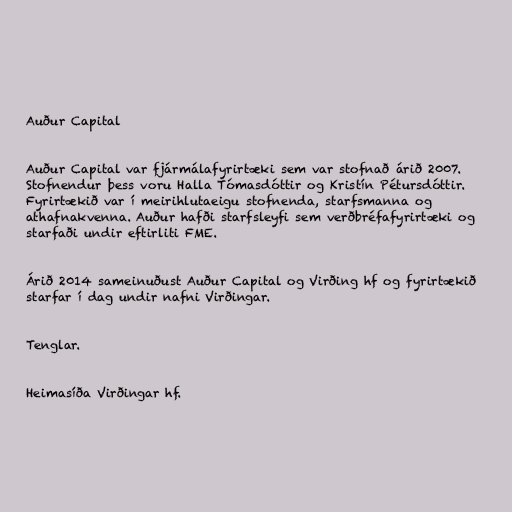
Auður Capital

Auður Capital var fjármálafyrirtæki sem var stofnað árið 2007.
Stofnendur þess voru Halla Tómasdóttir og Kristín Pétursdóttir.
Fyrirtækið var í meirihlutaeigu stofnenda, starfsmanna og
athafnakvenna. Auður hafði starfsleyfi sem verðbréfafyrirtæki og
starfaði undir eftirliti FME.

Árið 2014 sameinuðust Auður Capital og Virðing hf og fyrirtækið
starfar í dag undir nafni Virðingar.

Tenglar.

Heimasíða Virðingar hf.